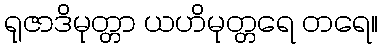
ရုဇာဒိမုတ္တာ ယဟိမုတ္တရေ တရေ။